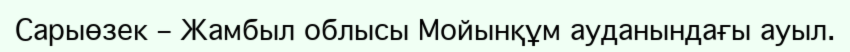
Сарыөзек – Жамбыл облысы Мойынқұм ауданындағы ауыл.